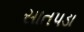
સાતપડા